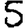
Digit: 5